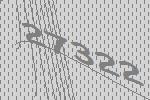
27322